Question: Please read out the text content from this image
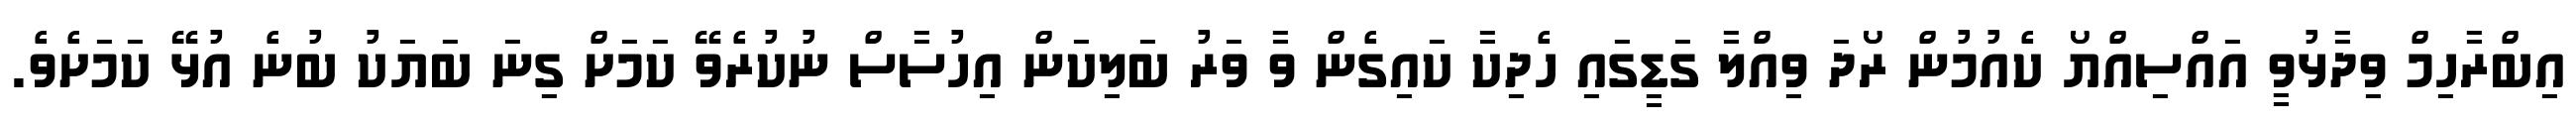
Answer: އިބްރާހިމް ވިދާޅުވީ އައްސިއްޔޯ ކެއުމުން ރޯދަ ވިއްލާ ގަޑީގައި ހެދިކާ ކައިގެން ވާ ވަރު ބަލިކަން އިހުސާސް ނުކުރެވޭ ކަމަށް ގިނަ ބަޔަކު ބުނެ އުޅޭ ކަމަށެވެ.